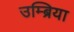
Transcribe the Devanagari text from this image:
उम्ब्रिया